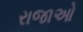
રાજાઓ